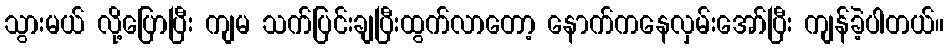
သွားမယ် လို့ပြောပြီး ကျမ သက်ပြင်းချပြီးထွက်လာတော့ နောက်ကနေလှမ်းအော်ပြီး ကျန်ခဲ့ပါတယ်။